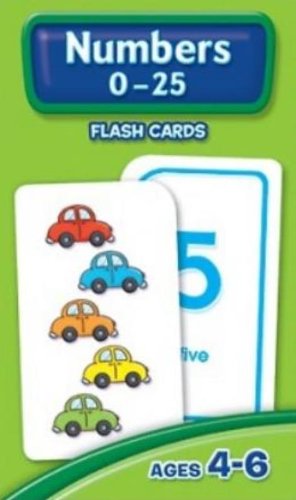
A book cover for Numbers 0-25 Flash Cards; School Zone Publishing Company Staff; Children's Books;